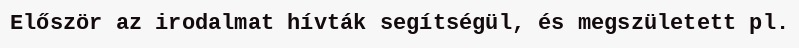
Először az irodalmat hívták segítségül, és megszületett pl.